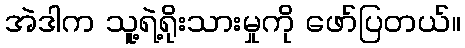
အဲဒါက သူ့ရဲ့ရိုးသားမှုကို ဖော်ပြတယ်။